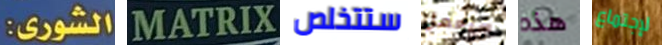
الشورى: MATRIX ستتخلص سيعمل هذه لإجتماع